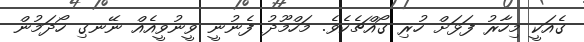
ގެއަކީ މިހާރު ފަޅަށް ހުރި ގޯއްޗެކެވެ. މަހްމޫދު ފެނުނީ ވީނުވީއެއް ނޭނގި ހޯދަމުން